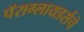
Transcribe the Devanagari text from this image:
पॅराग्लायडर्सचे